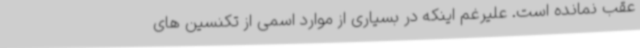
عقب نمانده است. علیرغم اینکه در بسیاری از موارد اسمی از تکنسین های